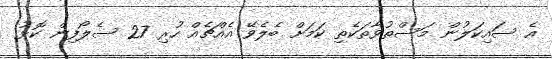
އެ ސައިކަލުން މަސްތުވާތަކެތި ކަމަށް ބެލެވޭ އެއްޗެއް ހުރި 27 ސެލޯފިން ކޮޅު